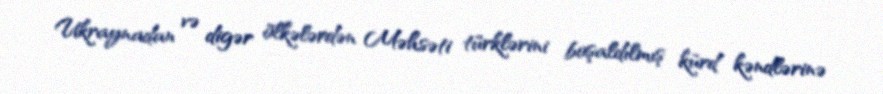
Ukraynadan və digər ölkələrdən Məhsəti türklərini boşaldılmış kürd kəndlərinə